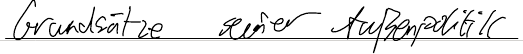
Grundsätze seiner Außenpolitik